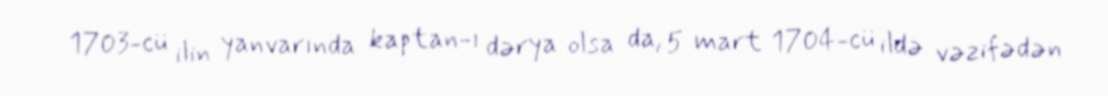
1703-cü ilin yanvarında kaptan-ı dərya olsa da, 5 mart 1704-cü ildə vəzifədən